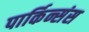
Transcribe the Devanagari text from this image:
पार्किन्संस